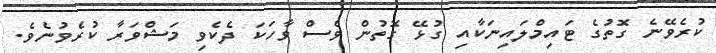
ކުރެވޭނެ ގޮތުގެ ޓައިމްލައިނަކާއި ގުޅޭ ގޮތުން ވެސް ވާހަކަ ދެކެވި މަޝްވަރާ ކުރެވުނެވެ.